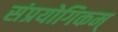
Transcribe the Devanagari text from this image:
संप्रयोगिकम्